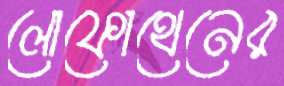
লোফোথেনের